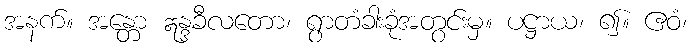
အနက်။ အန္တော ဣန္ဒခီလတော၊ ရွာတံခါးခုံအတွင်းမှ။ ပဋ္ဌာယ၊ ၍။ ဧဝံ၊